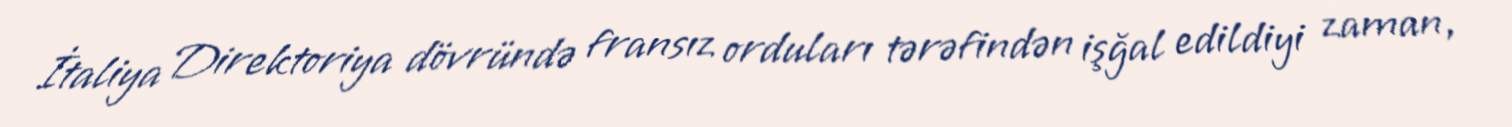
İtaliya Direktoriya dövründə fransız orduları tərəfindən işğal edildiyi zaman,